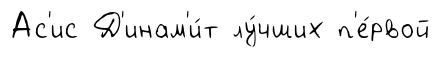
Ас'ис Д'инам'и́т лу́чших п'е́рвой